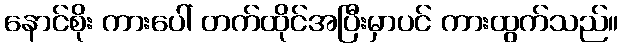
နောင်စိုး ကားပေါ် တက်ထိုင်အပြီးမှာပင် ကားထွက်သည်။